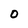
Character: 0